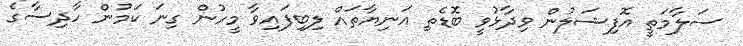
ސަލާމަތީ އޮފިޝަލުން ވިދާޅުވީ ބޮޑެތި އަނިޔާތައް ލިބިފައިވާ މީހުން ގިނަ ކަމުން ހާދިސާގެ